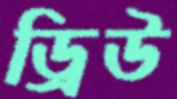
ড্রিউ